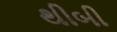
થીબી